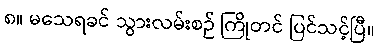
၈။ မသေရခင် သွားလမ်းစဉ် ကြိုတင် ပြင်သင့်ပြီ။